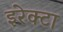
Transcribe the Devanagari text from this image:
इरेक्टा